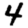
Digit: 4